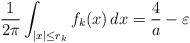
LaTeX: \begin{align*}\frac{1}{2\pi} \int_{\vert x \vert \leq r_k} f_{k} (x) \, dx = \frac{4}{a} - \varepsilon\end{align*}